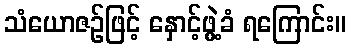
သံယောဇဉ်ဖြင့် နှောင့်ဖွဲ့ခံ ရကြောင်း။